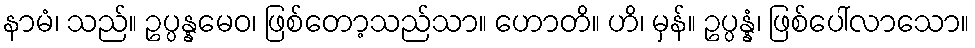
နာမံ၊ သည်။ ဥပ္ပန္နမေဝ၊ ဖြစ်တော့သည်သာ။ ဟောတိ။ ဟိ၊ မှန်။ ဥပ္ပန္နံ၊ ဖြစ်ပေါ်လာသော။